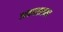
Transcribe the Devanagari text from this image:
अकासाका